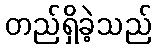
တည်ရှိခဲ့သည်